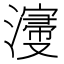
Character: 濅